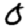
Digit: 0